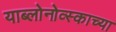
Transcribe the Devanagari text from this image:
याब्लोनोव्स्काच्या